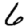
Digit: 6